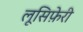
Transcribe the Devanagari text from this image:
लूसिफ़ेरी